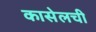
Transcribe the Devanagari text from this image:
कासेलची